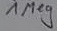
Text: 1Ω